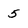
Character: 5